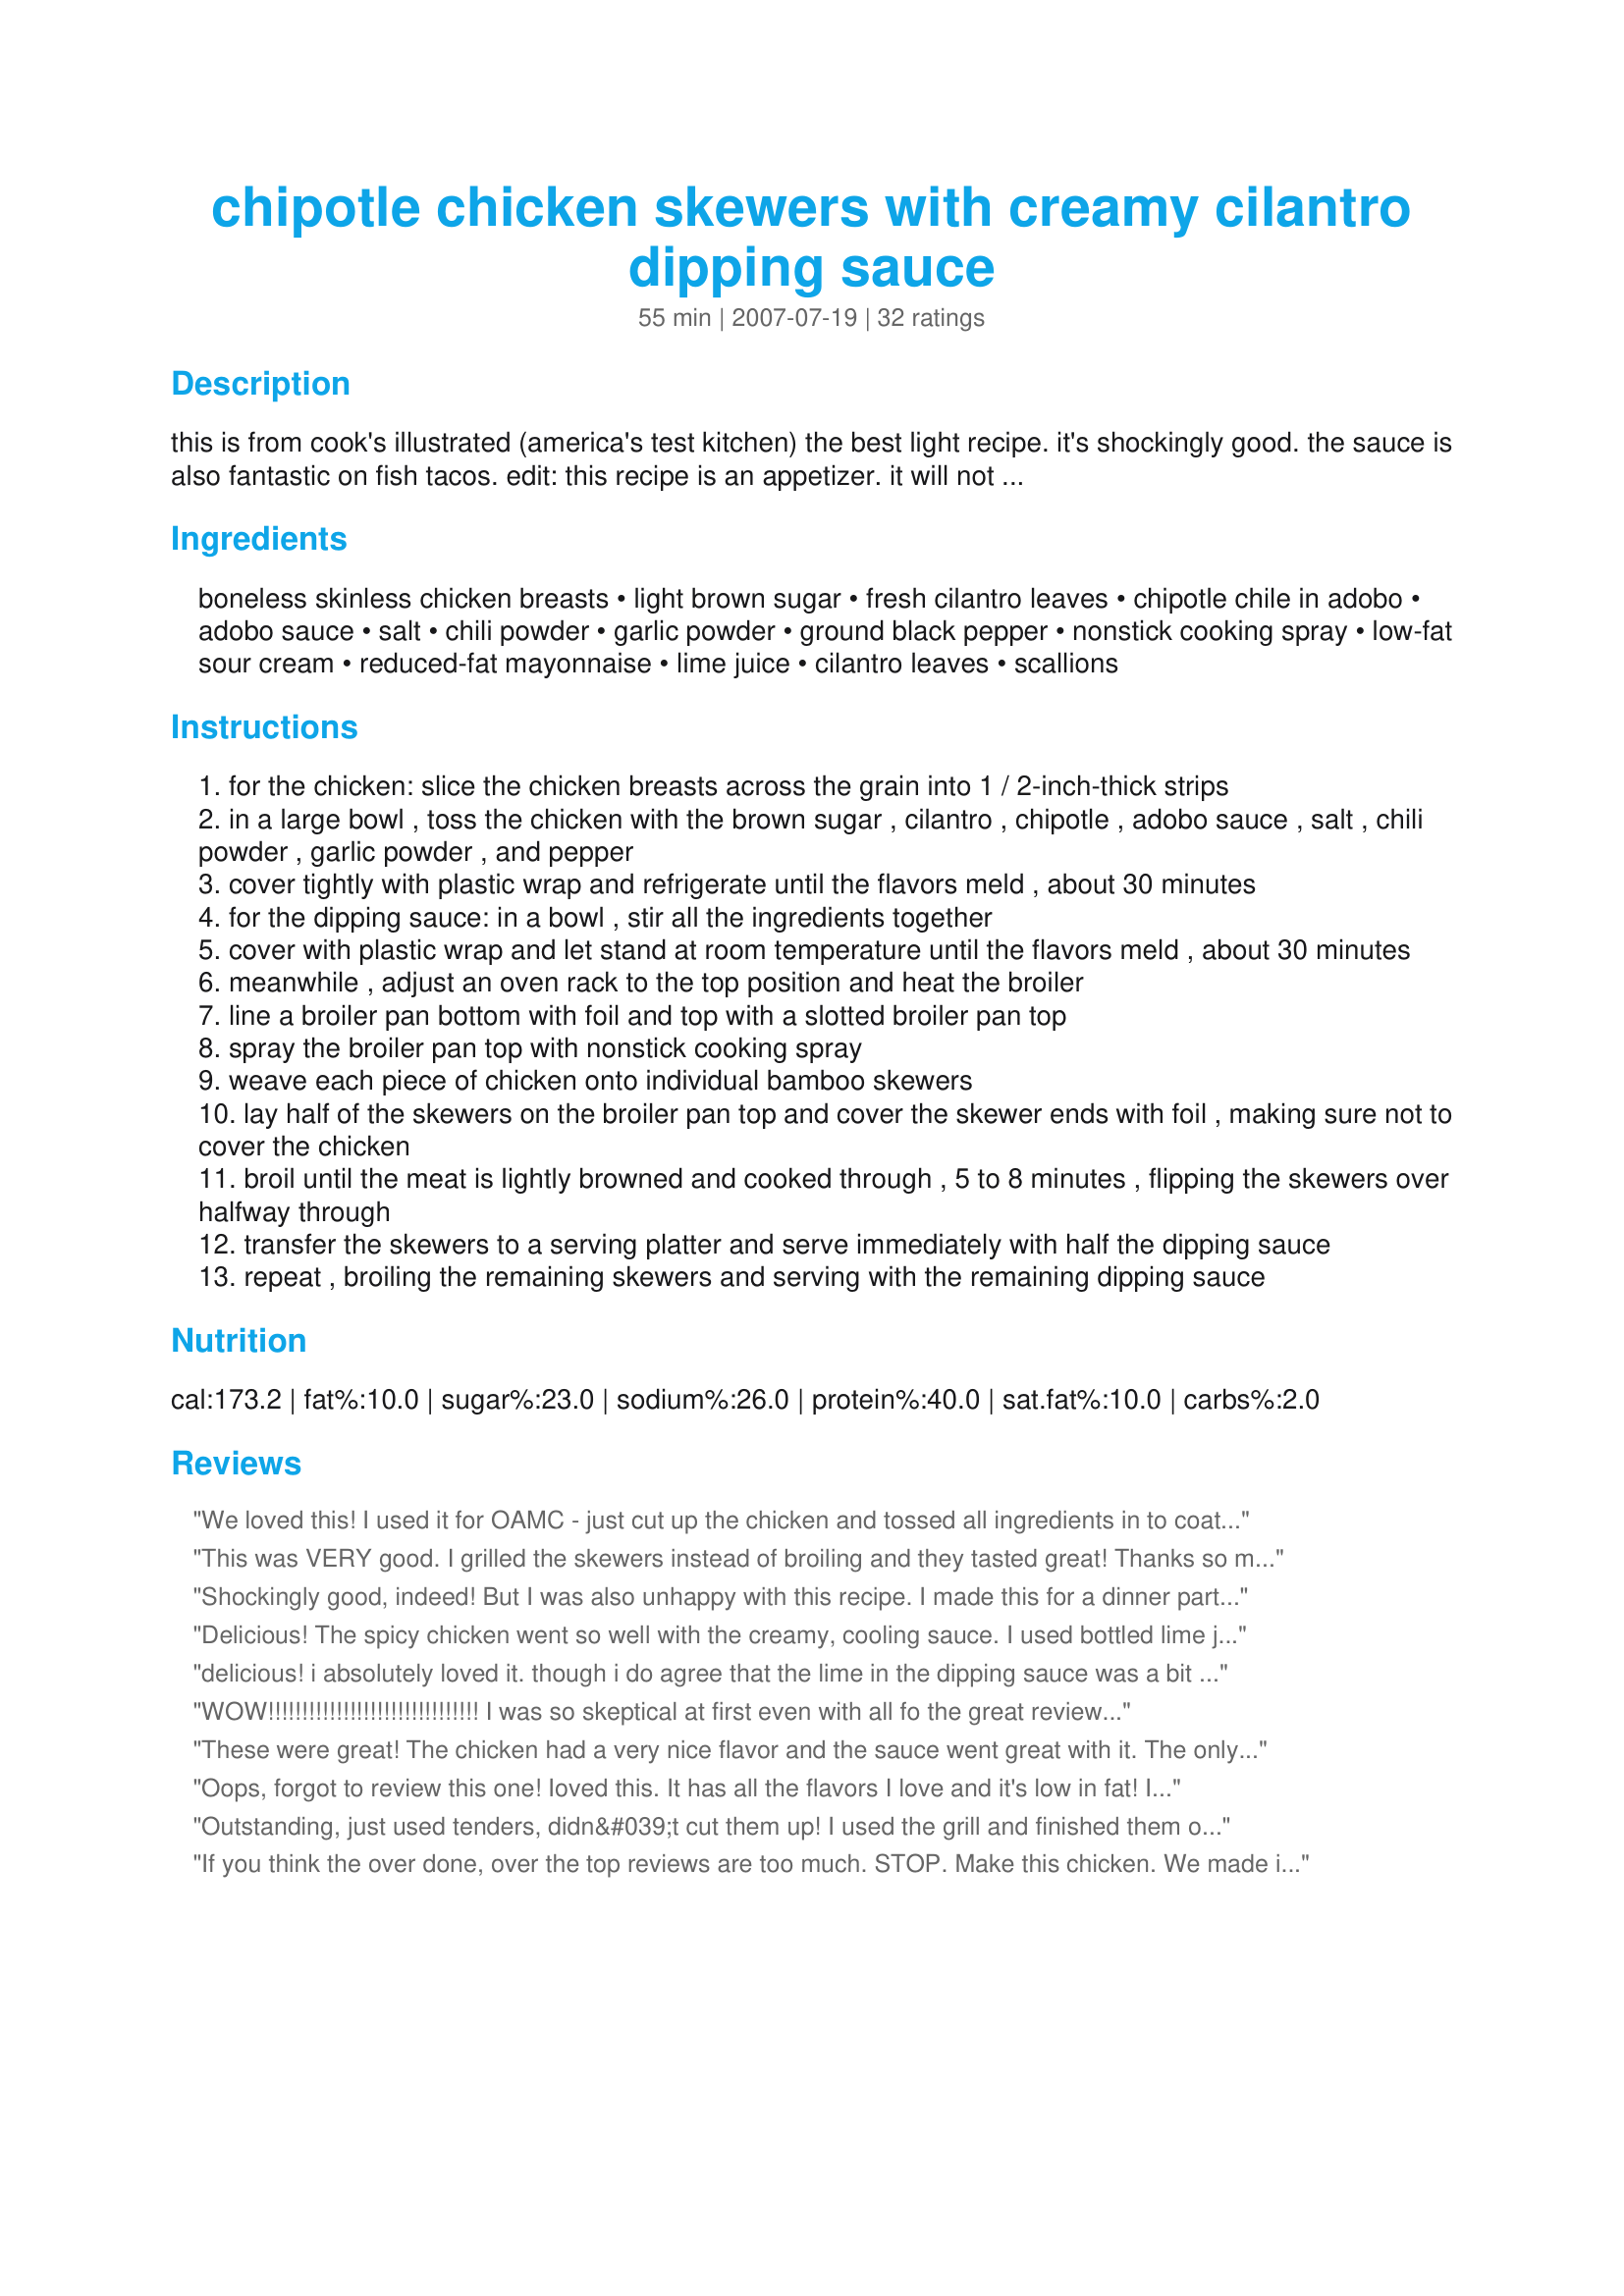
chipotle chicken skewers with creamy cilantro dipping sauce
Preparation time: 55 minutes

this is from cook's illustrated (america's test kitchen) the best light recipe. it's shockingly good. the sauce is also fantastic on fish tacos.

edit: this recipe is an appetizer. it will not magically turn 2lbs of chicken into a full meal for 10 people. you may serve it as a main course, but please adjust your expectations or multiply the measurements.

you will need thirty 6- or 8-inch bamboo (or wooden) skewers for this recipe. the cooking time will depend on the strength and type of your broiler. under-the-oven drawer-style broilers tend to take a few minutes longer than in-oven-style broilers. a small clove of minced garlic (about 1/2 teaspoon) can be substituted for the garlic powder in the sauce, if desired.

Ingredients:
boneless skinless chicken breasts, light brown sugar, fresh cilantro leaves, chipotle chile in adobo, adobo sauce, salt, chili powder, garlic powder, ground black pepper, nonstick cooking spray, low-fat sour cream, reduced-fat mayonnaise, lime juice, cilantro leaves, scallions

Steps:
for the chicken: slice the chicken breasts across the grain into 1 / 2-inch-thick strips
in a large bowl , toss the chicken with the brown sugar , cilantro , chipotle , adobo sauce , salt , chili powder , garlic powder , and pepper
cover tightly with plastic wrap and refrigerate until the flavors meld , about 30 minutes
for the dipping sauce: in a bowl , stir all the ingredients together
cover with plastic wrap and let stand at room temperature until the flavors meld , about 30 minutes
meanwhile , adjust an oven rack to the top position and heat the broiler
line a broiler pan bottom with foil and top with a slotted broiler pan top
spray the broiler pan top with nonstick cooking spray
weave each piece of chicken onto individual bamboo skewers
lay half of the skewers on the broiler pan top and cover the skewer ends with foil , making sure not to cover the chicken
broil until the meat is lightly browned and cooked through , 5 to 8 minutes , flipping the skewers over halfway through
transfer the skewers to a serving platter and serve immediately with half the dipping sauce
repeat , broiling the remaining skewers and serving with the remaining dipping sauce

Reviews:
We loved this! I used it for OAMC - just cut up the chicken and tossed all ingredients in to coat (not the dipping sauce). I thawed it in the fridge and cooked it all together on the stove for chicken tacos - will use for OAMC again!
This was VERY good. I grilled the skewers instead of broiling and they tasted great! Thanks so much for the delicious recipe.
Shockingly good, indeed! But I was also unhappy with this recipe. I made this for a dinner party with my in-laws, 7 people total around the table. I was meticulous in following the recipe. I weighed the boneless chicken breasts on an accurate kitchen scale, for a total of 2 pounds, and therein lay a dilemma. The recipe states that it "serves 10." I was counting on that yield, but I also knew upon looking at 2 lbs. of chicken breast on the scale that there was no way it would serve 10 people. Furthermore, it states that I should have had 30 skewers of chicken. Honestly, how is that possible? Step 1 (slicing the chicken) was maddeningly vague - across the grain? I ended up deciding to use nearly 3 lbs. of boneless chicken breasts, and I cut them into neat 1/2" width strips; I came up with 21 skewers MAX. There was enough at the table, but just barely. No way would this amount serve 10 people! I was careful to only take 1 skewer myself so that the rest of the table would have enough, so I got just a tad. That was way disappointing! No hostess needs to worry about the amount of food at her table, especially when the recipe has said it would serve 10 people. As far as the dipping sauce goes, I took the advice of most reviewers and cut the lime juice to 2 T. It was very delicious made thus, but there was too much... the chicken long gone. I saved the sauce to use on rice or something (?) later in the week. Overall, an impressive dinner party dish but misleading and vague in instructions!
Delicious! The spicy chicken went so well with the creamy, cooling sauce. I used bottled lime juice and found it to add just the right amount of lime flavor for us. Thanks for sharing!
delicious! i absolutely loved it. though i do agree that the lime in the dipping sauce was a bit overpowering, so next time i'll put less than 1/4 cup. thanks for sharing such a delicious recipe!
WOW!!!!!!!!!!!!!!!!!!!!!!!!!!!!!!!

I was so skeptical at first even with all fo the great reviews. 

This is going in my regular recipe binder and on rotation. 

I attempted to broil, only to remember I forgot to soak the bamboo skewers, so I took them off and simply placed them in the oven on 425 for about 15 mins- it was great. I know it would be extra special grilled or broiled, but I made a boo-boo.

Next time I am going to back off a little on the lime juice.

I used fresh garlic where it says garlic powder.

I am also thinking of using yogurt the next time instead of mayo or even sour cream possibly.

There is no need for the mayo. I will eliminate it totally.

THANK YOU!!!!!!!!!!!!!!!
These were great! The chicken had a very nice flavor and the sauce went great with it. The only thing that I changed was to cut the lime juice in half...it just made it a little runnier and was too strong of a lime taste for me with all the lime juice. Half the amount was just perfect! We put these in our rotisserie instead of the broiler. And these would be great grilled! Cant wait to grill them when it starts to warm up. This is a keeper!
Oops, forgot to review this one! Ioved this. It has all the flavors I love and it's low in fat! I made 2 changes - I used all low fat sour cream, no mayo - and I threaded on skewers and grilled them. Will definitely be making this one again, thanks for the recipe.
Outstanding, just used tenders, didn&#039;t cut them up! I used the grill and finished them off in the oven. Will be making these again, my better half really enjoyed the dipping sauce.
If you think the over done, over the top reviews are too much. STOP. Make this chicken. We made it in 2010 for a grad party - I have since given the recipe to everyone I have ever made it for. This is Super Chicken on a stick. <br/><br/>This will be a new staple for you. The recipe is perfect as is. I have add 1 TBS water and 1TBS EVO to get a better paste for the strips in lieu of the spray. It also adds a little more volume to the mix. We make this year round - it will be with our family for a long, long time. It has become ours.<br/><br/>The best Flavor ever on a chicken skewer. It works fine on grilled breasts but strips give you edges and edges hold the coating - all the better.
AMAZING! Next time I might cut back on the amount of brown sugar used because it was a tad sweet. This recipe fed 4 adults as a main dish. Thanks for great recipe!
The chicken was great, the sauce was terrible. 5 stars for the chicken, I will definitely make it again. I bet it's great on the grill! 1 star for the sauce - all I tasted was the lime! I won't be making the sauce again, but frankly I didn't think the chicken even needed it, the flavor was great without it! I used the leftover chicken in recipe #180846 and it was AWESOME!
People, you have got to try these. The subtle blend of flavors is just perfect. Rather than serve as an appetizer or as a main dish by itself, I used this as the basis for my version of the naked chicken burrito or the burrito in a bowl (depending on which Mexican grill you frequent). I use cilantro rice and then people add other toppings to their personal tastes. The burrito in a bowl at Chipolte's is probably my son's favorite meal out. To quote him tonight 'this is the best Mexican meal I've ever had.' Obviously that was a huge complement to this chicken dish. The creamy sauce just put it over the top. I did make a couple of substitutions ... didn't have the reduced fat sour cream on hand nor the reduced-fat mayonnaise. So I used regular sour cream and Miracle Whip. I did try some of the chicken with just the cream sauce and it is divine ... it would definitely make a great appetizer. I also grilled these skewers on the gas grill rather than broiling. ALso, I let the chicken maranade for 4 or 5 hours. I did not need to add anything to the dipping sauce once it has set out for about 30 minutes. I had never used the chipotle peppers before and I think that coupled with the brown sugar is what gives the chicken that mild, subtle taste. This will probably become the standard for the chicken whenever we have burritos in a bowl in the future. What more could you ask for in a recipe ... quick, easy and tastes great! Thanks for sharing, Melissa.
We really enjoyed this. I love that I usually have all of these ingredients on hand. Delicious and nutricious! This definitely goes in our monthly rotation. Plus, I can prep a day ahead and throw these on the grill when I don't have time. We grilled up some veggies and put the dipping sauce on them as well. YUM!
Love this recipe! Made it for an appetizer on one day, it was so good I maridated more for a full meal. Used leftover chicken and leftover dipping sauce in a tortilla for a wrap! Delicious!
One word...AMAZING. My whole family loves it. I usually make a extra sauce by adding some olive oil to the mix so I can baste as I grill them. It does make it spicier so don't do everyones like that. I also think they taste much better grilled rather than broiled.
My family really enjoyed this dish and it had a wonderful flavor. I made this for Best of 2010 Cookbook Tag. Thanks for a new family favorite!
AWESOME! Every once in a while, a recipe comes along that just makes you say, WOW! This was one of those for me. DH and I both agreed this was an easy five stars. Easy to make, spicy without overpowering flavor, healthy and you can even make the day before! Leftovers were just as tasty as the first night. I chose not to use skewers since this wasn't for company and I'll will likely do it that way again since it eliminated that cumbersome step. I also plan to try the sauce using plain yogurt in place of the sour cream to make it a bit healthier. This was served with another keeper - recipe#238148; the two combined made for an exceptional meal!
This is absolutely fabulous! It has a sweet, spicy, smoky thing going that is soooo yummy! And the dipping sauce adds a cool twist. I broiled mine, but cooking them on the grill would beat having to clean the broiler pan. I will be making these again soon! I might double the marinade recipe. I only used two chicken breast halves, but didn't feel like I had any too much of the marinade. Thanks for an outstanding recipe!
Wonderful flavor! I halved the recipe for a main meal serving, and used the gas grill instead of the broiler, but otherwise followed the recipe exactly. I loved the flavor of the chicken by itself, but the sauce took it over the top. The chicken was moist and tender, too.

I made this for PAC Fall 2007. I'm really glad I chose Melissa and Her Pants for this event. We've had three wonderful recipes.
Made this for dinner last night and it was delish! Hub cooked the chicken on the grill and the taste from the marinade is so good. I would like to try this with either pork chops or cut a pork loin roast into strips and grill. The dipping sauce is really goods also. I read the reviews before I made the dipping sauce and didn&#039;t change anything. We didn&#039;t find the lime overpowering, We must have a high lime tolerance because next time I make this I will zest part of one of the limes to add extra limeyness.
You won't believe what I did with this marinade! I marinated cod for an hour and used it for grilled fish tacos. I served the tacos on corn tortillas with shredded cabbage, collard greens and carrot. The sauce was amazing on this. I liked it so much that I added this recipe to a cookday I manage for a group of women. This versatile recipe will work for chicken, pork, or fish! Thank you!
Holy Moly is this good!!! Thanks for sharing!
This recipe is really good. I served it with cilantro lime rice recipe #157068. To that rice I added a little bit more cilantro and it really does go well with this chicken dish. For the chicken, I followed the directions other than I did add alot more chipotle chiles in adobo sauce, more like 5 chiles because we like it more on the spicy side. I chopped them up(which adds more heat). I also added more than 2 teaspoons of adobo sauce, I actually added more like 3 or even 4 teaspoons of the adobo sauce from the can. I did that because the sauce/marinade for the chicken was not enough to cover or marinate the 2 lbs of chicken it called for. I made sure that all the chicken was coated in the sauce and I also spread it on the chicken when it was cooking. The leftover chilis and adobe sauce I froze in a small baggie for next time. The sauce I followed to the directions, I let it sit out of the refrigerator for about 3 hours. After tasting it I did add more lime juice, more salt and about 1/4 tsp. of cayenne. Try it with the rice. It is a restaurant worthy meal..
OMG!!! My fianc&eacute; (and I) LOVED this!!!! I sliced my chicken a bit thin, but was still wonderful! Grilling disintegrated the chicken, broiling was PERFECT!!! I added some smoked salt and water to bottom of broil pan and the chicken melted in mouth!! I also used almost all the lime juice, it was PERFECT when mixed with the chicken and cilantro lime rice!. Highly recommend this recipe!!! ...he hates spicy, I LOVE spicy, we both loved this!!
I prepared this differently from the recipe but we really liked it! First I thinly pounded 4 chicken thighs and placed it in the marinade. Then I heated up a stove top grill and grilled chicken until nice and brown. Served over a bed of morelos' rice and alongside a tossed salad. We loved the dressing! A small amount of Spanish smoked paprika was added along with the other spices. Will make again! Reviewed for Best of 2011.
Only made the sauce since we don't eat chicken, we made mahi mahi skewers instead. The sauce was good, we added some chipotle puree to spice it up, about 1 & 1/2 tablespoons. Thanks for sharing!
LOVE the flavor of the chicken! The sweet and spicy combo was great and I love any recipe that calls for chipotles in adobo. What a great flavor. Chicken would be great in a taco or chopped up for nachos. Sauce was great and added a nice coolness to balance the spice! This recipes combines many of our favorite flavors.
Big hit at my GNO get together. Marinated chicken for 48 hours and ended up very flavorful. I felt that the Cilantro Dipping Sauce was a touch too limey. I may experiment with reducing the lime juice next time. Otherwise loved it!
I've made this several times and love it! The dipping sauce is our favorite and we've found other uses for it since it's so great. Thanks for the recipe.
This was an awesome recipe!!! Flavors,colours and textures were amazing. You have heat meets sweet w/in the chicken marinade and then a refreshing touch found w/in the dipping sauce. I was unable to grill the chicken outdoors, so I threw the chicken bite sizes into the oven at 475 for 10 mins. The dipping sauce definitely needs some time to sit. I left it for an hour since it had sour cream and mayo, so all the flavors could mix and play nice :) Thank you Melissa for a simple, colourful and tasty recipe.
Made it as a full meal and the family loved it. I used hot chili powder, next time I think I will tone down the heat. Loved the sweet, spice and smoky combo.
